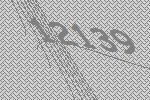
12139